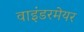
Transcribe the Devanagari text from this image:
वाइंडरमेयर